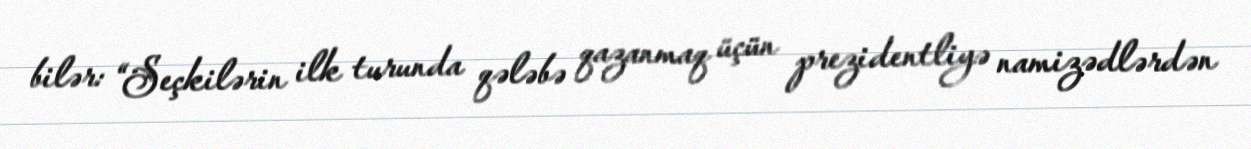
bilər: “Seçkilərin ilk turunda qələbə qazanmaq üçün prezidentliyə namizədlərdən